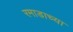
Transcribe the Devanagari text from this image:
रमाडाच्या